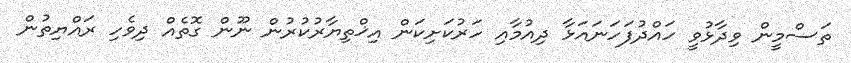
ތަސްމީން ވިދާޅުވީ ހައްދުފަހަނައަޅާ ދިއުމާއި ހަރުކަށިކަން އިޚްތިޔާރުކުރުން ނޫން ގޮތެއް ދިވެހި ރައްޔިތުން